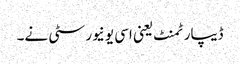
ڈیپارٹمنٹ یعنی اسی یونیورسٹی نے۔